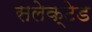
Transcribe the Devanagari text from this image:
सलेक्टेड